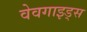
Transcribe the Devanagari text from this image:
वेवगाइड्स